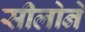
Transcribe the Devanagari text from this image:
सीलोने